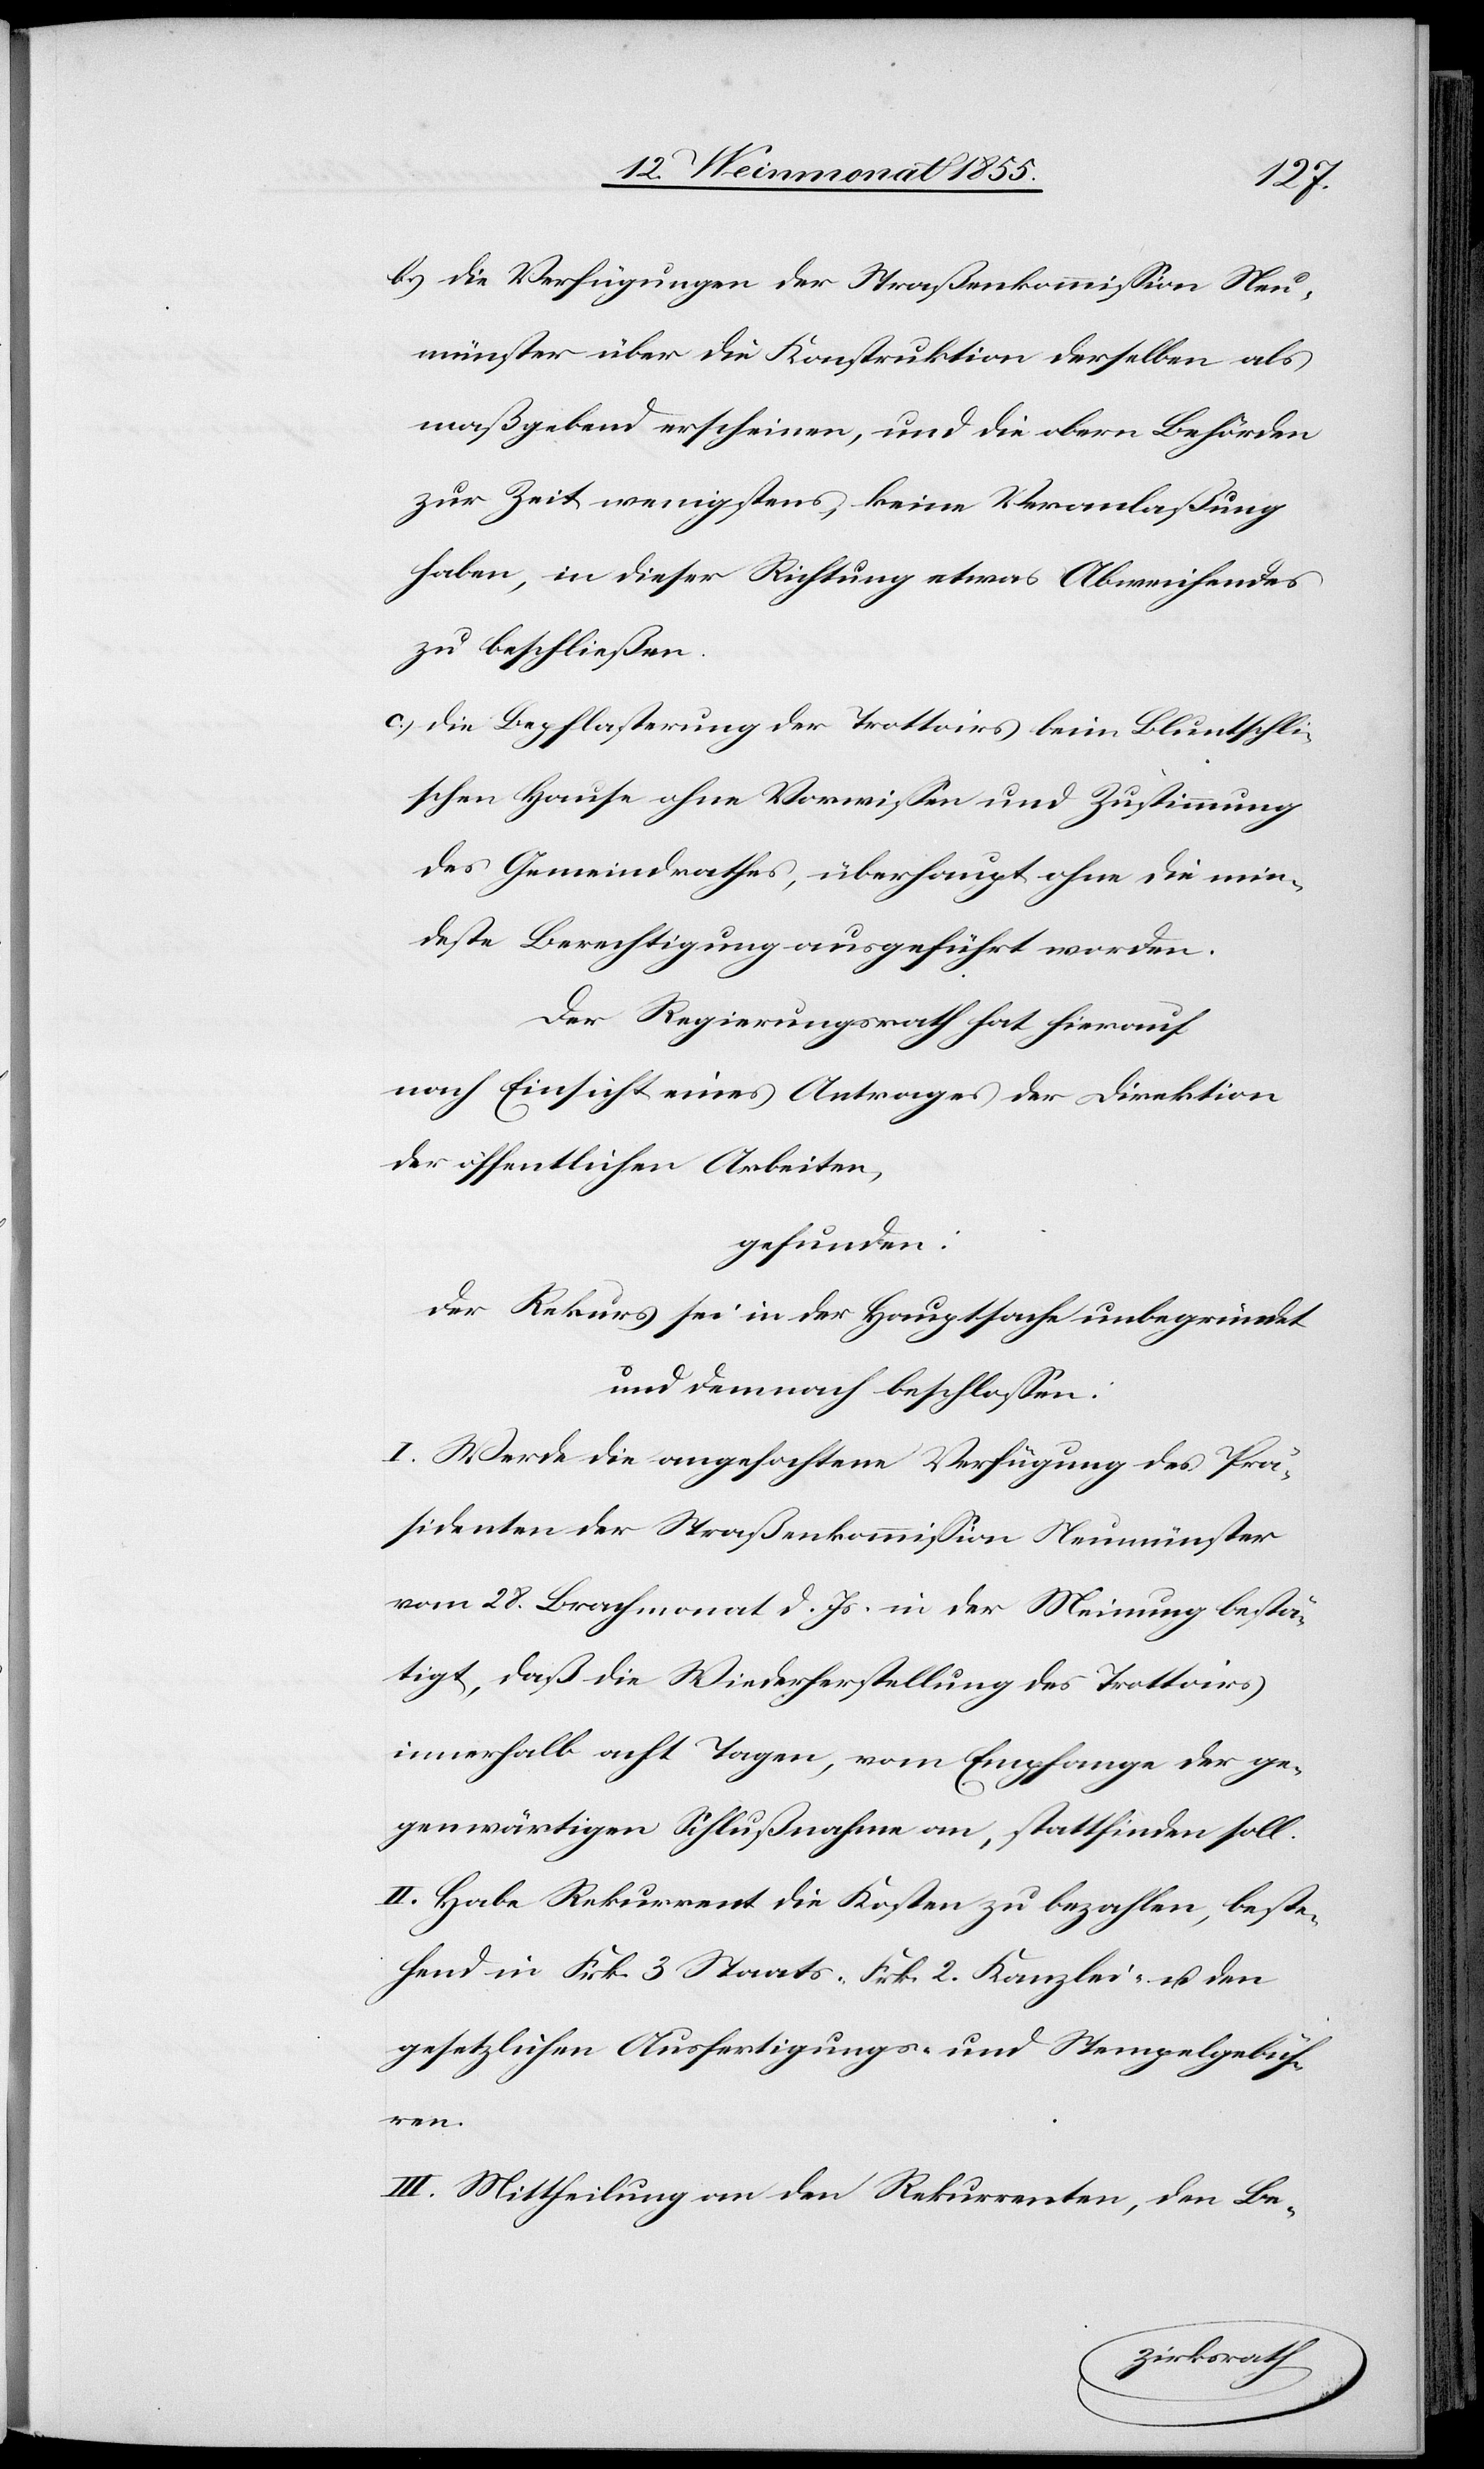
b).
die Verfügungen der Straßenkommission Neu¬
münster über die Konstruktion derselben als
maßgebend erscheinen, und die obern Behörden
zur Zeit wenigstens, keine Veranlaßung
haben, in dieser Richtung etwas Abweichendes
zu beschließen.
die Bepflasterung der Trottoirs beim Bluntschli¬
schen Hause ohne Vorwissen und Zustimmung
des Gemeindrathes, überhaupt ohne die min¬
deste Berechtigung ausgeführt worden.
Der Regierungsrath hat hierauf
nach Einsicht eines Antrages der Direktion
der öffentlichen Arbeiten,
gefunden:
Der Rekurs sei in der Hauptsache unbegründet
und demnach beschlossen:
I. Werde die angefochtene Verfügung des Prä¬
sidenten der Straßenkommission Neumünster
vom 28. Brachmonat d. Js. in der Meinung bestä¬
tigt, daß die Wiederherstellung des Trottoirs
innerhalb acht Tagen, vom Empfange der ge¬
genwärtigen Schlußnahme an, stattfinden soll.
II. Habe Rekurrent die Kosten zu bezahlen, beste¬
hend in Frk. 3 Staats-[,] Frk. 2. Kanzlei- u. den
gesetzlichen Ausfertigungs- und Stempelgebüh¬
ren.
III. Mittheilung an den Rekurrenten, den Be-